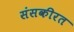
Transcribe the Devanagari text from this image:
संसकीरत